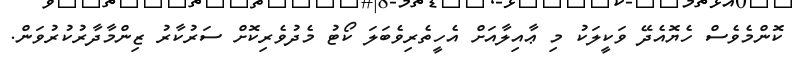
ކޮންމެވެސް ހެޔޮއެދޭ ވަކީލަކު މި ޢާއިލާއަށް އެހީތެރިވެބަލަ ކޯޓު މެދުވެރިކޮށް ސަރުކާރު ޒިންމާދާރުކުރުވަން.